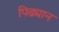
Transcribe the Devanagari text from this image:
पिढ्यान